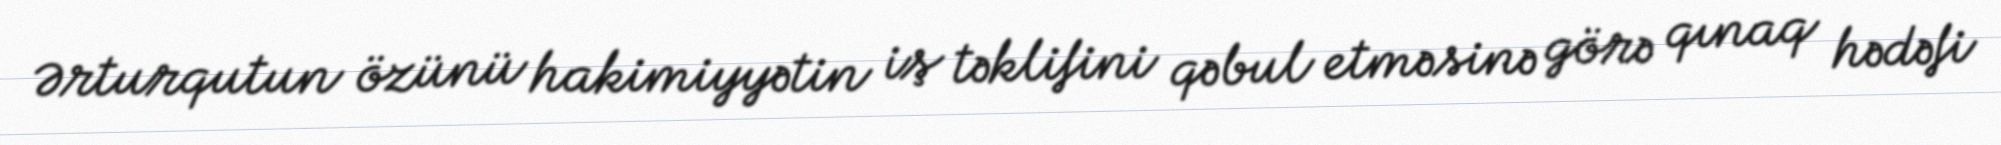
Ərturqutun özünü hakimiyyətin iş təklifini qəbul etməsinə görə qınaq hədəfi